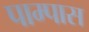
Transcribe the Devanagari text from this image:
पाम्पास